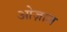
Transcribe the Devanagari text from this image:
ओज़ाल